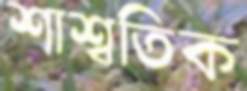
শাশ্বতিক